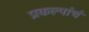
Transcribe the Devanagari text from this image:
प्रकल्पांचं